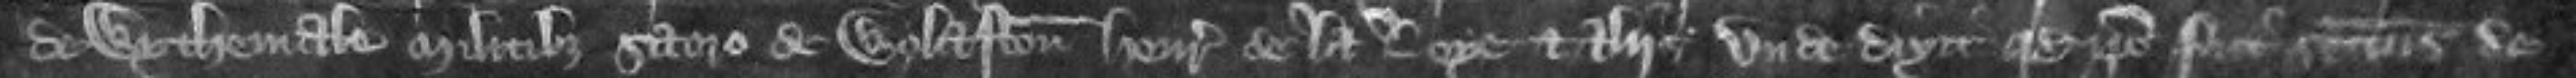
de Wythemale militibus Saero de Wolaston Henrico de la Leye et aliis Unde dixit quod ipse fuit seisitus de